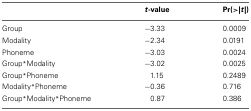
|  | t-value | Pr(>|t|) |
 | --- | --- | --- |
 | Group | −3.33 | 0.0009 |
 | Modality | −2.34 | 0.0191 |
 | Phoneme | −3.03 | 0.0024 |
 | Group*Modality | −3.02 | 0.0025 |
 | Group*Phoneme | 1.15 | 0.2489 |
 | Modality*Phoneme | −0.36 | 0.716 |
 | Group*Modality*Phoneme | 0.87 | 0.386 |